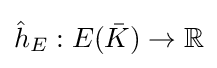
{\hat {h}}_{E}:E({\bar {K}})\to \mathbb {R}